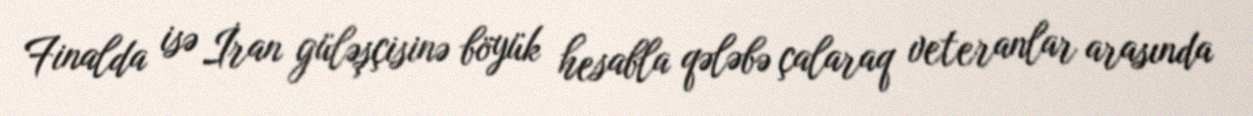
Finalda isə İran güləşçisinə böyük hesabla qələbə çalaraq veteranlar arasında